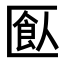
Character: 𠥗